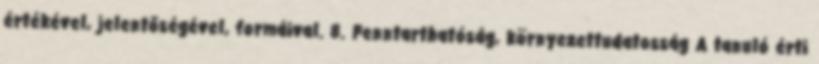
értékével, jelentőségével, formáival. 8. Fenntarthatóság, környezettudatosság A tanuló érti